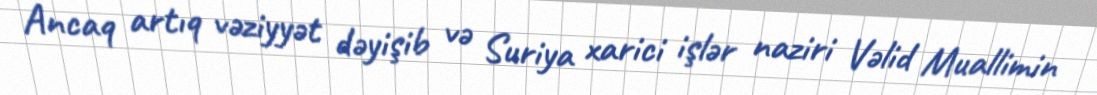
Ancaq artıq vəziyyət dəyişib və Suriya xarici işlər naziri Vəlid Muallimin